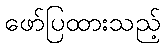
ဖော်ပြထားသည့်